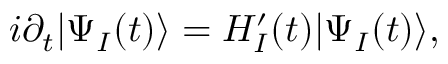
\begin{array} { r } { i \partial _ { t } | \Psi _ { I } ( t ) \rangle = H _ { I } ^ { \prime } ( t ) | \Psi _ { I } ( t ) \rangle , } \end{array}